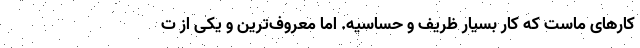
کارهای ماست که کار بسیار ظریف و حساسیه. اما معروف‌ترین و یکی از ت